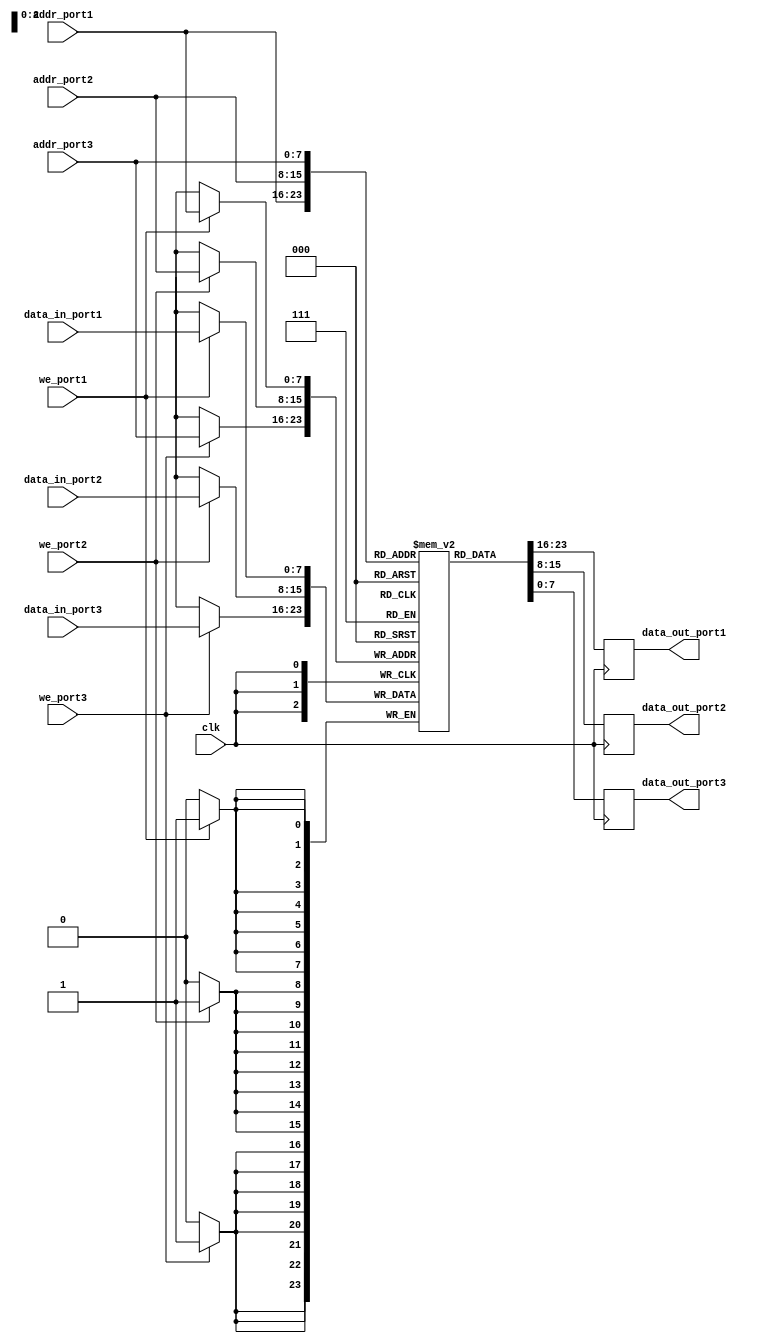
module memory_blocks_triple_port_register_file (
    input wire clk,
    input wire [7:0] addr_port1,
    input wire [7:0] addr_port2,
    input wire [7:0] addr_port3,
    input wire [7:0] data_in_port1,
    input wire [7:0] data_in_port2,
    input wire [7:0] data_in_port3,
    input wire we_port1,
    input wire we_port2,
    input wire we_port3,
    output reg [7:0] data_out_port1,
    output reg [7:0] data_out_port2,
    output reg [7:0] data_out_port3
);

reg [7:0] mem_data [255:0];

always @ (posedge clk) begin
    if (we_port1) begin
        mem_data[addr_port1] <= data_in_port1;
    end
    if (we_port2) begin
        mem_data[addr_port2] <= data_in_port2;
    end
    if (we_port3) begin
        mem_data[addr_port3] <= data_in_port3;
    end
    
    data_out_port1 <= mem_data[addr_port1];
    data_out_port2 <= mem_data[addr_port2];
    data_out_port3 <= mem_data[addr_port3];
end

endmodule